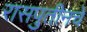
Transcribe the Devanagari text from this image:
रासपुतीनचे